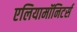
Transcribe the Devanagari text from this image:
एलियामॉनिटर्स